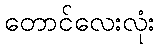
တောင်လေးလုံး